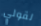
لقولي